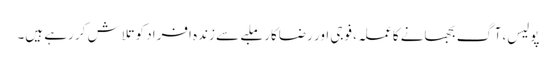
پولیس، آگ بجھانے کا عملہ، فوجی اور رضاکار ملبے سے زندہ افراد کو تلاش کر رہے ہیں۔